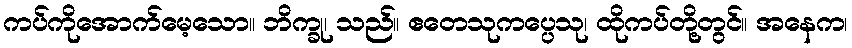
ကပ်ကိုအောက်မေ့သော။ ဘိက္ခု၊ သည်။ ဧတေသုကပ္ပေသု၊ ထိုကပ်တို့တွင်။ အနေက၊